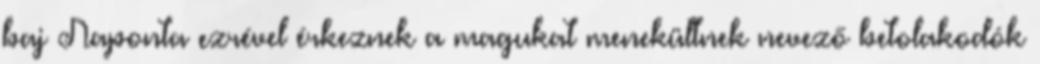
baj Naponta ezrével érkeznek a magukat menekültnek nevező betolakodók